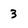
Character: 3